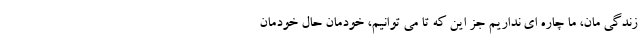
زندگی مان، ما چاره ای نداریم جز این که تا می توانیم، خودمان حال خودمان